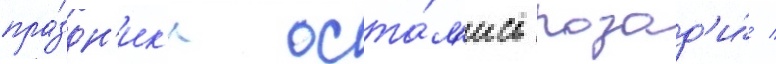
пра́здн'ик'и оста́л'ись позад'и́ /